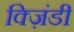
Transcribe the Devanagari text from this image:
क्ज़िंडी